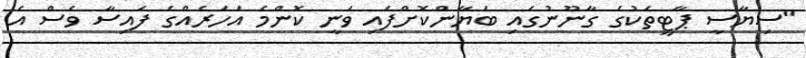
"ސިޔާސީ ޕާޓީތަކުގެ ގާނޫނުގައި ބަޔާންކޮށްފައި ވަނީ ކޮންމެ އަހަރެއްގެ ފައިސާ ވެސް އެ